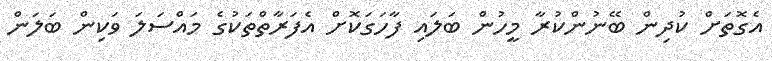
އެގޮތަށް ކުދިން ބޭނުންކުރާ މީހުން ބަލައި ފާހަގަކޮށް އެފަރާތްތަކުގެ މައްސަލަ ވަކިން ބަލަން